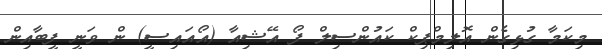
މިކަމާ ގުޅިގެން އޮލިމްޕިކް ކައުންސިލް ފޯ އޭޝިއާ (އޯއައިސީ) ން ވަނީ ފީބާއިން